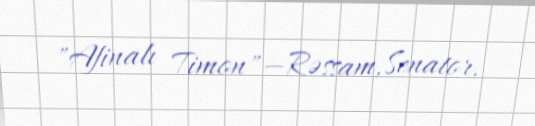
"Afinalı Timon"—Rəssam,Senator.